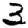
Digit: 3